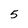
Character: 5